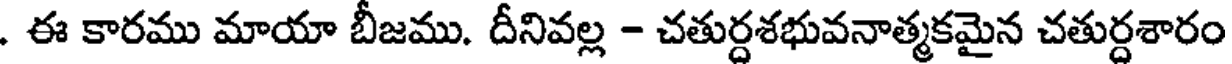
. ఈ కారము మాయా బీజము. దీనివల్ల - చతుర్దశభువనాత్మకమైన చతుర్దశారం